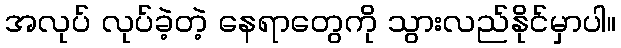
အလုပ် လုပ်ခဲ့တဲ့ နေရာတွေကို သွားလည်နိုင်မှာပါ။